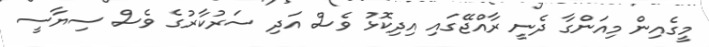
މީގެއިން މިއަންގާ ދެނީ ރާއްޖޭގައި އިދިކޮޅު ވެސް އަދި ސަރުކާރުގެ ވެސް ސިޔާސީ